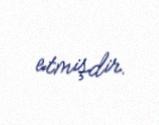
etmişdir.